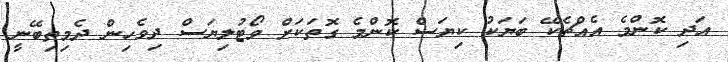
އަދި ކޮންމެ އެއްޗެކޭ ބަޔަކު ކިޔަސް ކޮންމެ ގޮތަކަށް ވޯޓުލިޔަސް ދިވެހިން ދެމިތިބޭނީ